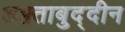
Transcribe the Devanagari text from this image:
अफ़्ताबुद्दीन